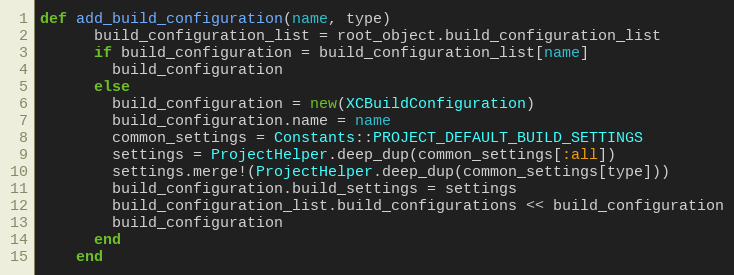
Language: Ruby
def add_build_configuration(name, type)
      build_configuration_list = root_object.build_configuration_list
      if build_configuration = build_configuration_list[name]
        build_configuration
      else
        build_configuration = new(XCBuildConfiguration)
        build_configuration.name = name
        common_settings = Constants::PROJECT_DEFAULT_BUILD_SETTINGS
        settings = ProjectHelper.deep_dup(common_settings[:all])
        settings.merge!(ProjectHelper.deep_dup(common_settings[type]))
        build_configuration.build_settings = settings
        build_configuration_list.build_configurations << build_configuration
        build_configuration
      end
    end